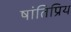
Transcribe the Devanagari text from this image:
षांतिप्रिय